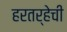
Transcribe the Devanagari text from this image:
हरतर्‍हेची